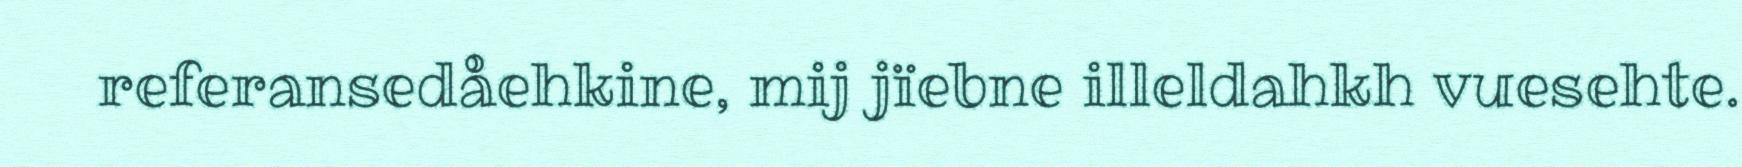
referansedåehkine, mij jïebne illeldahkh vuesehte.